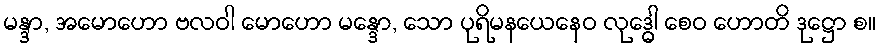
မန္ဒာ, အမောဟော ဗလဝါ မောဟော မန္ဒော, သော ပုရိမနယေနေဝ လုဒ္ဓေါ စေဝ ဟောတိ ဒုဋ္ဌော စ။